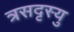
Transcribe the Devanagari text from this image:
त्रसदृस्यु